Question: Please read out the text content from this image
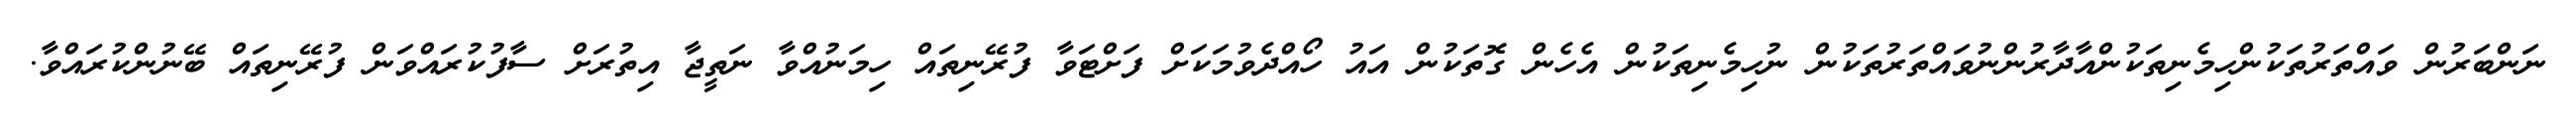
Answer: ނަންބަރުން ވައްތަރުތަކުންހިމެނިތަކުންއާދާރުންނުވައްތަރުތަކުން ނުހިމެނިތަކުން އެހެން ގޮތަކުން އައު ހޯއްދެވުމަކަށް ފަށްޓަވާ ފުރޭނިތައް ހިމަނުއްވާ ނަތީޖާ އިތުރަށް ސާފުކުރައްވަން ފުރޭނިތައް ބޭނުންކުރައްވާ.